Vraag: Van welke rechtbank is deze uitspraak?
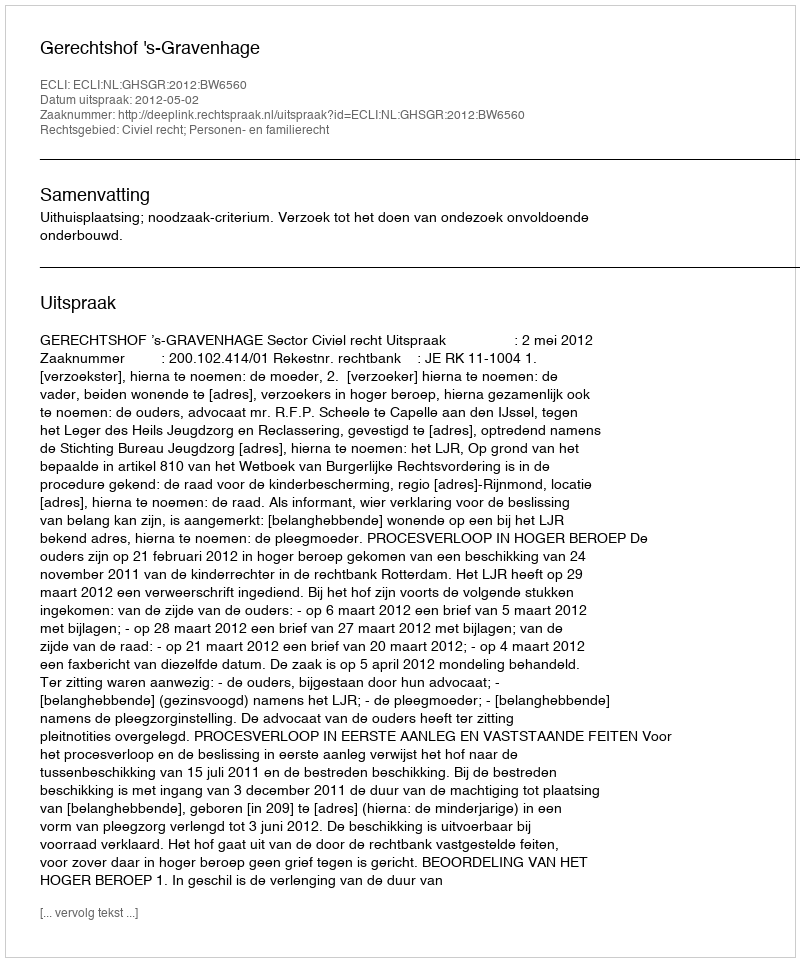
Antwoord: Gerechtshof 's-Gravenhage